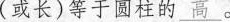
(或长)等于圆柱的\underline{高}。